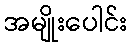
အမျိုးပေါင်း